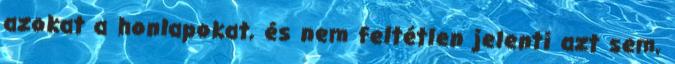
azokat a honlapokat, és nem feltétlen jelenti azt sem,